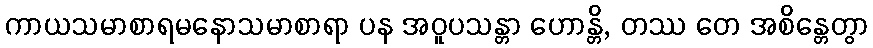
ကာယသမာစာရမနောသမာစာရာ ပန အဝူပသန္တာ ဟောန္တိ, တဿ တေ အစိန္တေတွာ